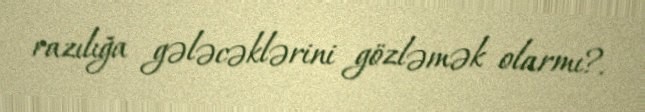
razılığa gələcəklərini gözləmək olarmı?.